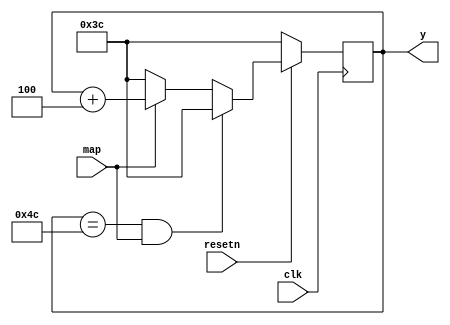
module y_update_3(input map,input clk, input resetn, output reg [7:0] y);



 always@(posedge clk)
 if(resetn == 1'b0)
 y <= 8'd60;
 else if(y == 8'd76 && map)
 y <= 8'd60;
 else if(map)
 y <= y + 3'd4;
 else if (!map) y <= 8'd60;
endmodule